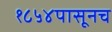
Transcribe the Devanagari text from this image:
१८५४पासूनच